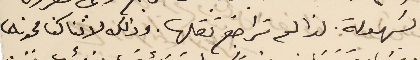
بسَهولة. لذا لم تراجع نقلها. وذلك لاننا كنا محوناها